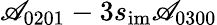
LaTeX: \mathscr{A}_{0201}-3s_{\mathrm{{im}}}\mathscr{A}_{0300}